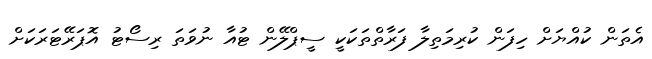
އެތަން ކުއްޔަށް ހިފަން ކުރިމަތިލާ ފަރާތްތަކަކީ ސީޕްލޭން ޓުއާ ނުވަތަ ރިސޯޓު އޮޕަރޭޓަރަކަށް